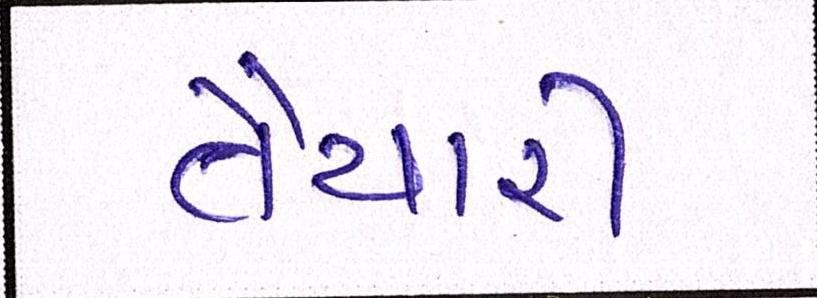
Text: તૈયારી